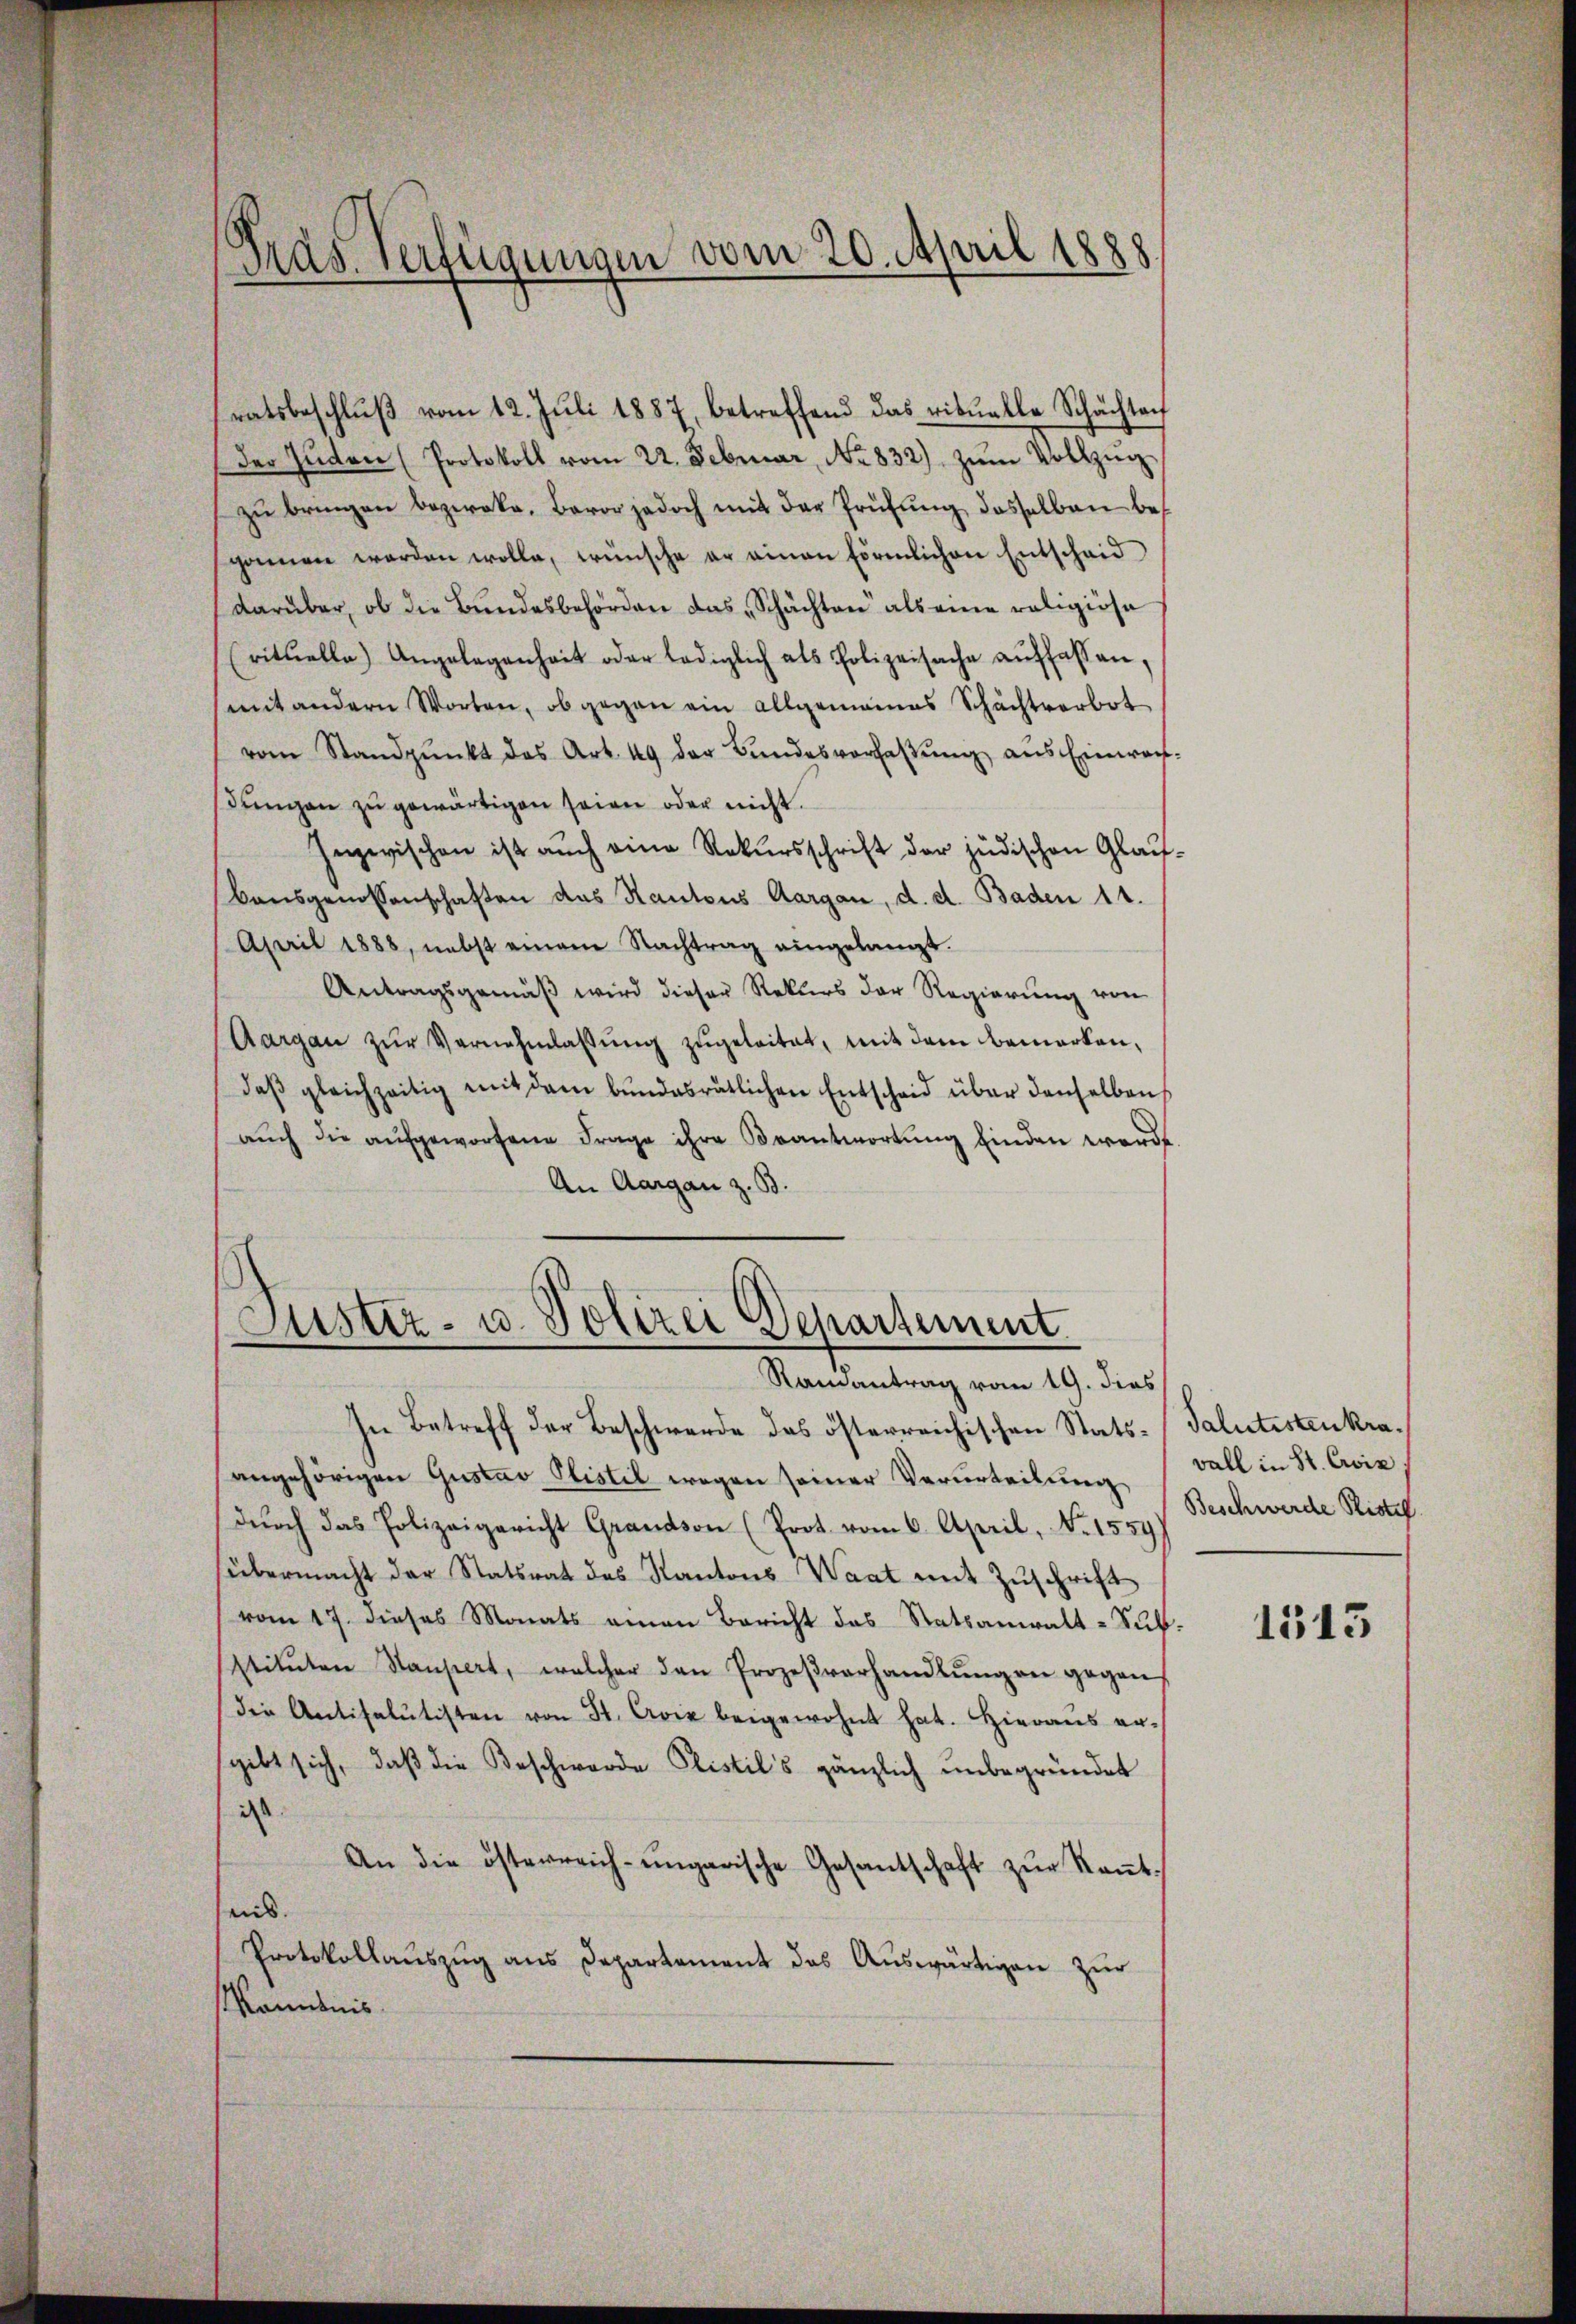
Präs. Verfügungen vom 20. April 1888
.

ratsbeschlŭβ vom 12. Juli 1887, betreffend das viduelle Schächtach
der Juden (Protokoll vom 22. Februar, No 832) zŭm Vollzŭg
zu bringen bezirke, Baron jedoch mit der Prüfung desselben besponnen werden wolle, wünsche er einen förmlichen Entscheid
darüber, ob die Bundesbehörden das „Schächten als eine religiosa
(rituelle) Angelegenheit oder lediglich als Polizeisache auffassen,
mit andern Worten, ob gegen ein allgemeines Schachtverbot
vom Standpŭnkt das Art. 49 der Bŭndesverfassŭng aus Einwach-
dungen zu gewärtigen seien oder nicht.
Inzwischen ist auch eine Rekursschrift der jüdischen Glau¬
Bausgenossenschaften das Kantons Aargau, d. d. Baden 11.
April 1888, nebst einem Nachtrag eingelangt.
Antragsgemäß wird dieser Rekurs der Regierung von
Aargau zŭr Vernehmlassŭng zŭgeleitet, mit dem bemerken,
daβ gleichzeitig mit dem bŭndesrätlichen Entscheid über denselben
aŭch die aŭfgeworfene Frage ihre Beantwortŭng finden werde.
An Aargau z. B.

Justiz- u. Polizei Departement
Ramantrag vom 19. dies

In Betreff der Beschwerde das österreichischen Stats-Salutistenkraangehörigen Gustav Plistil wegen seiner Verurteilung
durch das Polizeigericht Grandson (Prot. vom 6. April, No. 1559
übermacht der Statsrat des Kantons Waat mit Zuschrift
vom 17. dieses Monats einen Bericht das Statsanwalt-Substitŭten Kaufert, welcher den Prozeβverhandlŭng an gegen
Die Antisalŭtisten von St. Cie beigewohnt hat. Hieraŭs er-
sgibt sich, daß die Beschwerde Plistil's gänzlich unbegründet
i
An die österreich-ungarische Gesantschaft zŭr Keṅt-
nis.
Protokollauszug aus Departement das Auswärtigen zur
känntnis

wall in St. Civis
Beschwerde Riste

1515